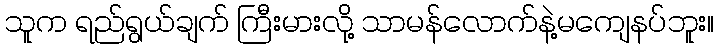
သူက ရည်ရွယ်ချက် ကြီးမားလို့ သာမန်လောက်နဲ့မကျေနပ်ဘူး။